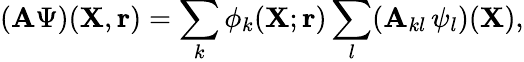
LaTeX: (\mathbf{A}\Psi)({\mathbf{{X}}},{\mathbf{{r}}})=\sum_{k}\phi_{k}({\mathbf{{X}}};{\mathbf{{r}}})\sum_{l}(\mathbf{A}_{kl}\, \psi_{l})({\mathbf{{X}}}),